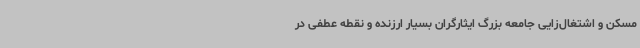
مسکن و اشتغال‌زایی جامعه بزرگ ایثارگران بسیار ارزنده و نقطه عطفی در